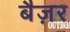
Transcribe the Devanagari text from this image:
बैज़र